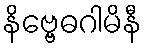
နိဗ္ဗေဓဂါမိနီ